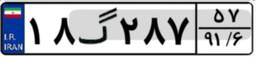
۱۸گ۲۸۷۵۷